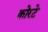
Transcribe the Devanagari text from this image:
कोरटे